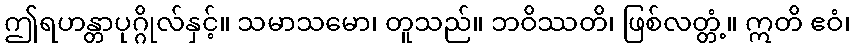
ဤရဟန္တာပုဂ္ဂိုလ်နှင့်။ သမာသမော၊ တူသည်။ ဘဝိဿတိ၊ ဖြစ်လတ္တံ့။ ဣတိ ဧဝံ၊